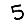
Digit: 5